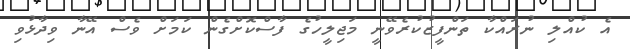
އެ ކުއްލި ނުރައްކާ ތަންފީޒުކުރެވޭނީ މަޖިލީހުގެ ފާސްކޮށްގެން ކަމަށް ވެސް އޭނާ ވިދާޅުވި